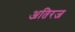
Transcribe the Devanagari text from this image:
अतिरज